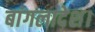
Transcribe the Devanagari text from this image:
बांगलादेश।